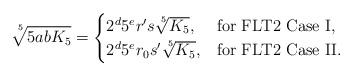
LaTeX: \begin{align*}\sqrt[\leftroot{-4} \uproot{5} 5]{5abK_5} =\begin{cases}2^d 5^e r' s \sqrt[\leftroot{-2} \uproot{3} 5]{K_5}, & \textnormal{for FLT2 Case I}, \\2^d 5^e r_0 s' \sqrt[\leftroot{-2} \uproot{3} 5]{K_5}, & \textnormal{for FLT2 Case II}.\end{cases}\end{align*}